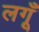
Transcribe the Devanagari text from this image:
लगूँ